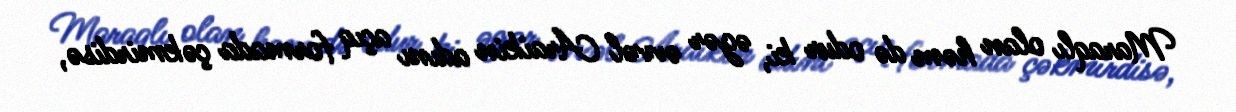
Maraqlı olan həm də odur ki, əgər əvvəl Araikin adını açıq formada çəkmirdisə,